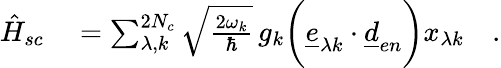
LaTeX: \begin{array}{rl}{\hat{H}_{sc}}&{{}=\sum_{\lambda,k}^{2N_{c}}\sqrt{\frac{2\omega_{k}}{\hbar}}\, g_{k}\biggl(\underline{{e}}_{\lambda k}\cdot\underline{{d}}_{en}\biggr)x_{\lambda k}\quad.}\end{array}